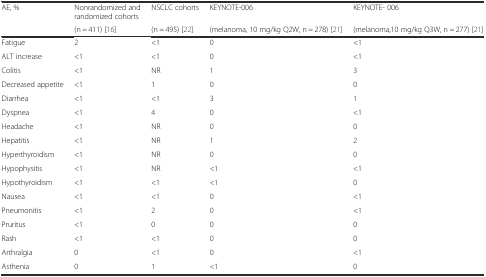
| <ROWSPAN=2> AE, % | Nonrandomized and randomized cohorts | NSCLC cohorts | KEYNOTE-006 | KEYNOTE- 006 |
 | (n = 411) [16] | (n = 495) [22] | (melanoma, 10 mg/kg Q2W, n = 278) [21] | (melanoma,10 mg/kg Q3W, n = 277) [21] |
 | --- | --- | --- | --- | --- |
 | Fatigue | 2 | <1 | 0 | <1 |
 | ALT increase | <1 | <1 | 0 | <1 |
 | Colitis | <1 | NR | 1 | 3 |
 | Decreased appetite | <1 | 1 | 0 | 0 |
 | Diarrhea | <1 | <1 | 3 | 1 |
 | Dyspnea | <1 | 4 | 0 | <1 |
 | Headache | <1 | NR | 0 | 0 |
 | Hepatitis | <1 | NR | 1 | 2 |
 | Hyperthyroidism | <1 | NR | 0 | 0 |
 | Hypophysitis | <1 | NR | <1 | <1 |
 | Hypothyroidism | <1 | <1 | <1 | 0 |
 | Nausea | <1 | <1 | 0 | <1 |
 | Pneumonitis | <1 | 2 | 0 | <1 |
 | Pruritus | <1 | 0 | 0 | 0 |
 | Rash | <1 | <1 | 0 | 0 |
 | Arthralgia | 0 | <1 | 0 | <1 |
 | Asthenia | 0 | 1 | <1 | 0 |